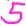
Text: 5